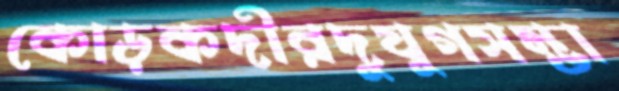
কোড়কদীরদুযুগসম্ভা